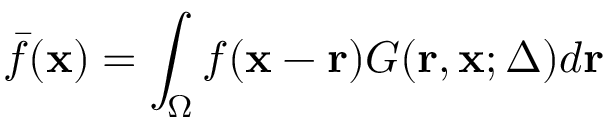
\bar { f } ( \mathbf { x } ) = \int _ { \Omega } f ( \mathbf { x } - \mathbf { r } ) G ( \mathbf { r } , \mathbf { x } ; \Delta ) d \mathbf { r }